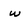
Character: w